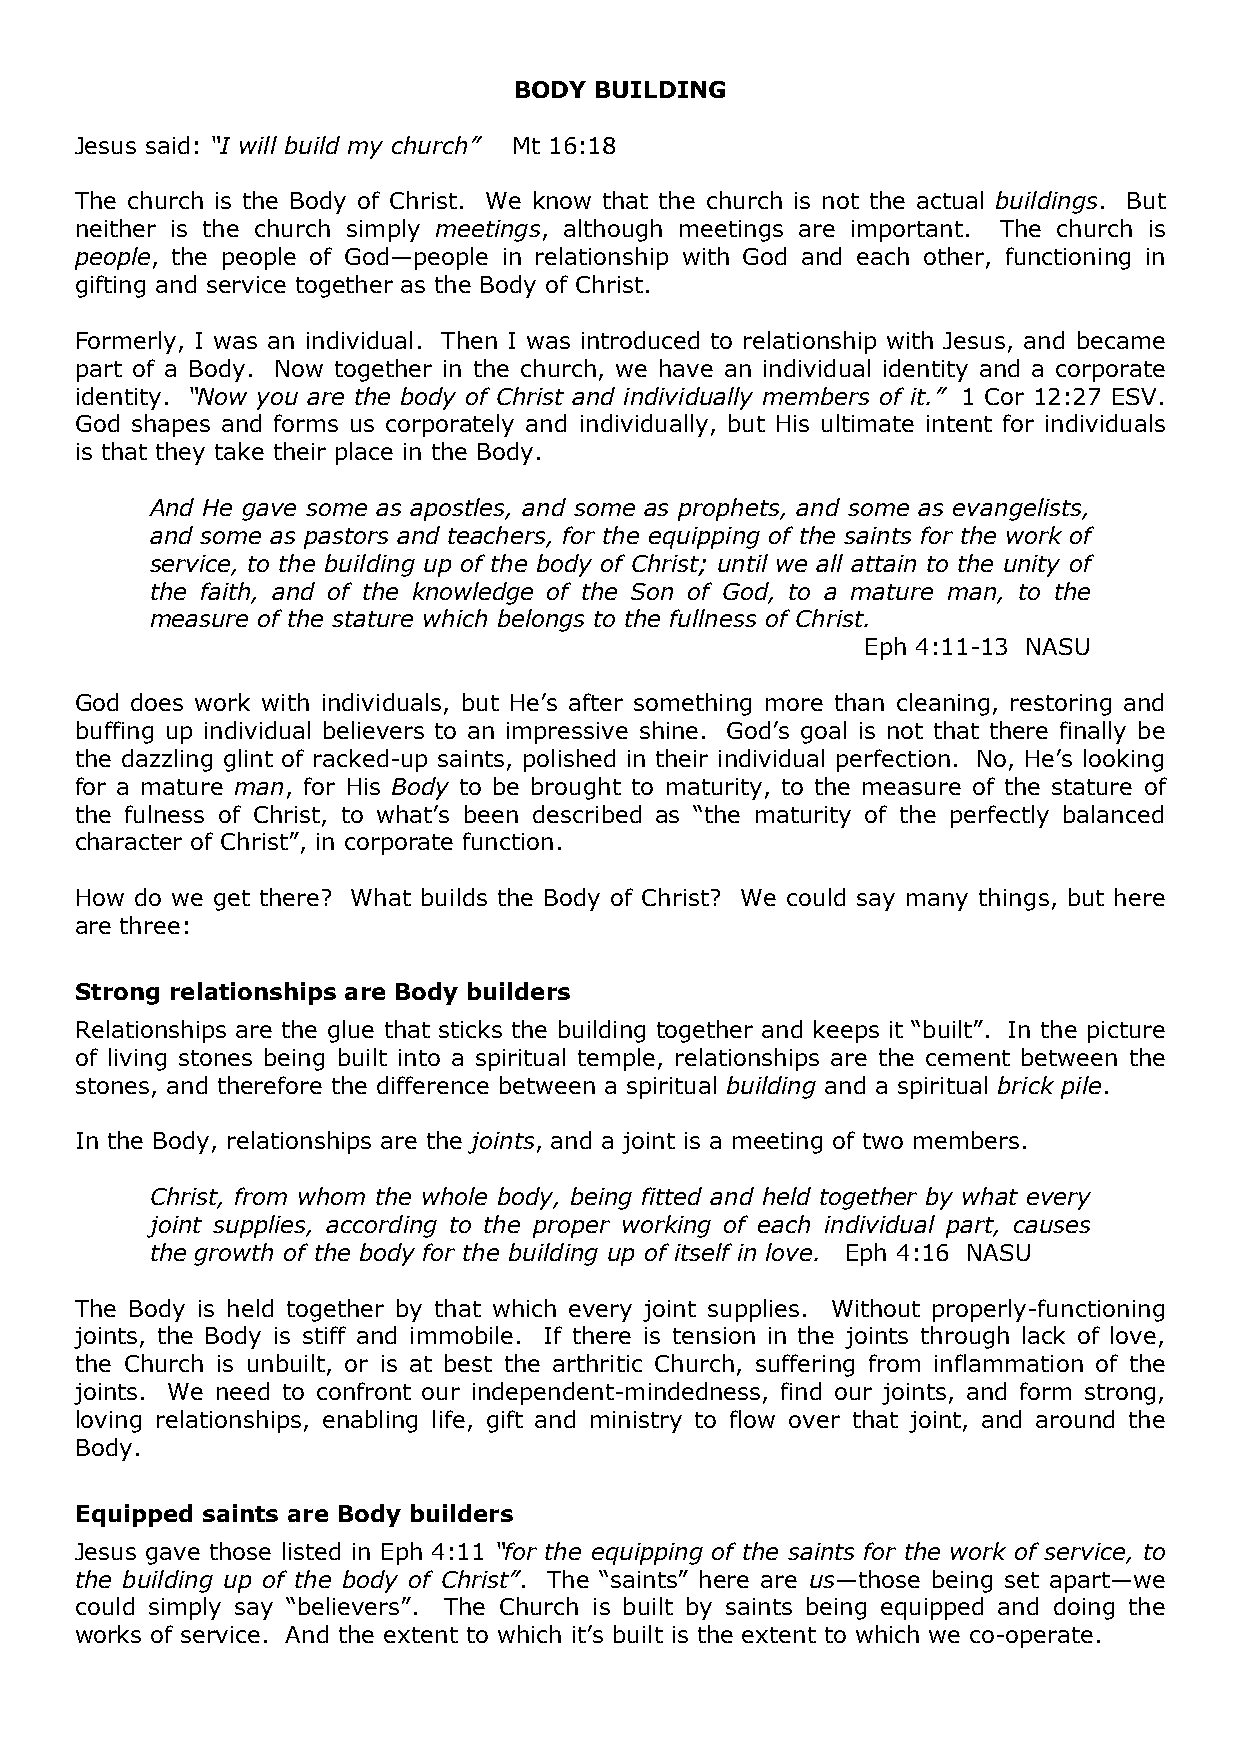
BODY BUILDING
 Jesus said: “I will build my church” Mt 16:18
 The church is the Body of Christ. We know that the church is not the actual buildings. But
 neither is the church simply meetings, although meetings are important. The church is
 people, the people of God—people in relationship with God and each other, functioning in
 gifting and service together as the Body of Christ.
 Formerly, I was an individual. Then I was introduced to relationship with Jesus, and became
 part of a Body. Now together in the church, we have an individual identity and a corporate
 identity. “Now you are the body of Christ and individually members of it.” 1 Cor 12:27 ESV.
 God shapes and forms us corporately and individually, but His ultimate intent for individuals
 is that they take their place in the Body.
 And He gave some as apostles, and some as prophets, and some as evangelists,
 and some as pastors and teachers, for the equipping of the saints for the work of
 service, to the building up of the body of Christ; until we all attain to the unity of
 the faith, and of the knowledge of the Son of God, to a mature man, to the
 measure of the stature which belongs to the fullness of Christ.
 Eph 4:11-13 NASU
 God does work with individuals, but He’s after something more than cleaning, restoring and
 buffing up individual believers to an impressive shine. God’s goal is not that there finally be
 the dazzling glint of racked-up saints, polished in their individual perfection. No, He’s looking
 for a mature man, for His Body to be brought to maturity, to the measure of the stature of
 the fulness of Christ, to what’s been described as “the maturity of the perfectly balanced
 character of Christ”, in corporate function.
 How do we get there? What builds the Body of Christ? We could say many things, but here
 are three:
 Strong relationships are Body builders
 Relationships are the glue that sticks the building together and keeps it “built”. In the picture
 of living stones being built into a spiritual temple, relationships are the cement between the
 stones, and therefore the difference between a spiritual building and a spiritual brick pile.
 In the Body, relationships are the joints, and a joint is a meeting of two members.
 Christ, from whom the whole body, being fitted and held together by what every
 joint supplies, according to the proper working of each individual part, causes
 the growth of the body for the building up of itself in love. Eph 4:16 NASU
 The Body is held together by that which every joint supplies. Without properly-functioning
 joints, the Body is stiff and immobile. If there is tension in the joints through lack of love,
 the Church is unbuilt, or is at best the arthritic Church, suffering from inflammation of the
 joints. We need to confront our independent-mindedness, find our joints, and form strong,
 loving relationships, enabling life, gift and ministry to flow over that joint, and around the
 Body.
 Equipped saints are Body builders
 Jesus gave those listed in Eph 4:11 “for the equipping of the saints for the work of service, to
 the building up of the body of Christ”. The “saints” here are us—those being set apart—we
 could simply say “believers”. The Church is built by saints being equipped and doing the
 works of service. And the extent to which it’s built is the extent to which we co-operate.